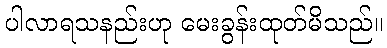
ပါလာရသနည်းဟု မေးခွန်းထုတ်မိသည်။